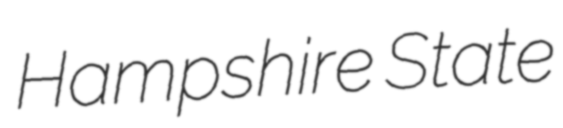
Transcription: Hampshire State